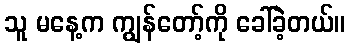
သူ မနေ့က ကျွန်တော့်ကို ခေါ်ခဲ့တယ်။